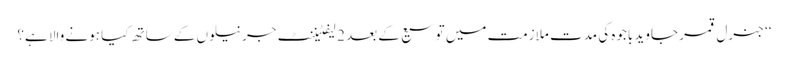
‘‘ جنرل قمر جاوید باجوہ کی مدت ملازمت میں توسیع کے بعد 2 لیفٹیننٹ جرنیلوں کے ساتھ کیا ہونے والا ہے؟